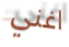
اغني